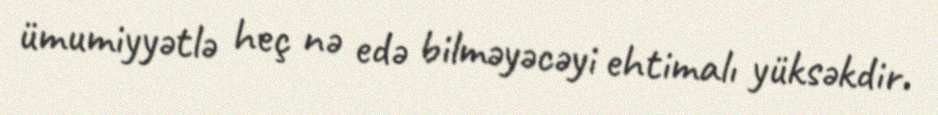
ümumiyyətlə heç nə edə bilməyəcəyi ehtimalı yüksəkdir.